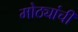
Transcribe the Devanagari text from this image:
मोठ्यांची